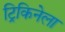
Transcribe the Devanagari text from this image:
ट्रिकिनेला